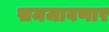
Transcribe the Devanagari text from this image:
समजावणार